Sketch of the medical history of the native army of Bombay, for the year
Year: 1875
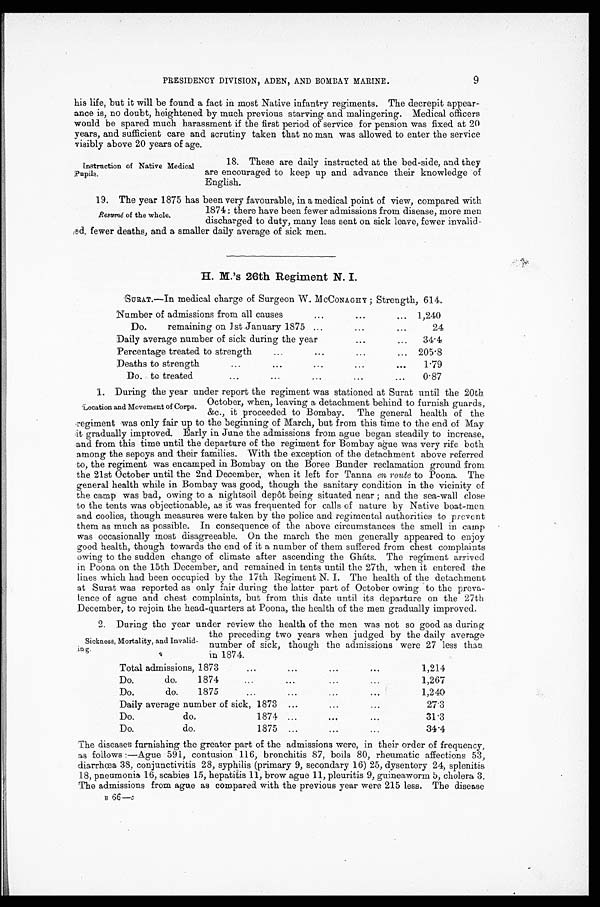
PRESIDENCY DIVISION, ADEN, AND BOMBAY MARINE.
9
his life, but it will be found a fact in most Native infantry regiments. The decrepit appear
-ance is, no doubt, heightened by much previous starving and malingering. Medical officers
would be spared much harassment if the first period of service for pension was fixed at 20
years, and sufficient care and scrutiny taken that no man was allowed to enter the service
visibly above 20 years of age.
Instruction of Native Medical
Pupils.
18. These are daily instructed at the bed-side, and they
are encouraged to keep up and advance their knowledge of
English.
19. The year 1875 has been very favourable, in a medical point of view, compared wit
h 1874: there have been fewer admissions from disease, more men
discharged to duty, many less sent on sick leave, fewer invalid-
e d , f e w e r d e a t h s , a n d a s m a l l e r d a i l y a v e r a g e o f s i c k m e n .
H. M.'s 26th Regiment N. I.
SURAT.—In medical charge of Surgeon W. McCONAGHY; Strength, 614.
N u m b e r o f a d m i s s i o n s f r o m a l l c a u s e s
1,240
Do. remaining on 1st January 1875
24
Daily average number of sick during the year
34·4
Percentage treated to strength
205·8
Deaths to strength
1·79
Do. to treated
0·87
1. During the year under report the regiment was stationed at Surat until the 20th
October, when, leaving a detachment behind to furnish guards,
&c., it proceeded to Bombay. The general health of the
regiment was only fair up to the beginning of March, but from this time to the end of May
it gradually improved. Early in June the admissions from ague began steadily to increase,
and from this time until the departure of the regiment for Bombay ague was very rife both
among the sepoys and their families. With the exception of the detachment above referred
to, the regiment was encamped in Bombay on the Boree Bander reclamation ground from
the 21st October until the 2nd December, when it left for Tanna en route to Poona. The
general health while in Bombay was good, though the sanitary condition in the vicinity of
the camp was bad, owing to a nightsoil depôt being situated near; and the sea-wall close
to the tents was objectionable, as it was frequented for calls of nature by Native boat-men
and coolies, though measures were taken by the police and regimental authorities to prevent
them as much as possible. In consequence of the above circumstances the smell in camp
was occasionally most disagreeable. On the march the men generally appeared to enjoy
good health, though towards the end of it a number of them suffered from chest complaints
owing to the sudden change of climate after ascending the Gháts. The regiment arrived
in Poona on the 15th December. , and remained in tents until the 27th, when it entered the
lines which had been occupied by the 17th Regiment N. I. The health of the detachment
at Surat was reported as only fair during the latter part of October owing to the preva
-lence of ague and chest complaints, but from this date until its departure on the 27th
December, to rejoin the head-quarters at Poona, the health of the men gradually improved.
2. During the year under review the health of the men was not so good as during
the preceding two years when judged by the daily average
number of sick, though the admissions were 27 less than
in 1874.
Total admissions, 1873
1,214
Do. do. 1874
1,267
Do. do. 1875
1,240
Daily average number of sick,18/3
27·3
Do. do. 1874
31·3
Do. do. 1875
34·4
The diseases furnishing the greater part of the admissions were, in their order of frequency,
as follows:—Ague 591, contusion 116, bronchitis 87, boils 80, rheumatic affections 53,
diarrhœa 38, conjunctivitis 28, syphilis (primary 9, secondary 16) 25, dysentery 24, splenitis
18, pneumonia 16, scabies 15, hepatitis 11, brow ague 11, pleuritis 9, guineaworm 5, cholera 3.
The admissions from ague as compared with the previous year were 215 less. The disease
B 6 6 — c
Resumé of the whole.
Location and Movement of Corps.
Sickness, Mortality, and Invalid-
ing.